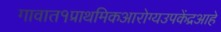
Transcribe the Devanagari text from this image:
गावात१प्राथमिकआरोग्यउपकेंद्रआहे